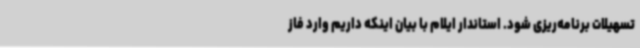
تسهیلات برنامه‌ریزی شود. استاندار ایلام با بیان اینکه داریم وارد فاز